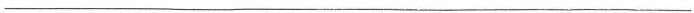
___